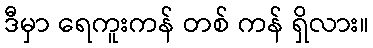
ဒီမှာ ရေကူးကန် တစ် ကန် ရှိလား။